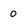
Character: 0